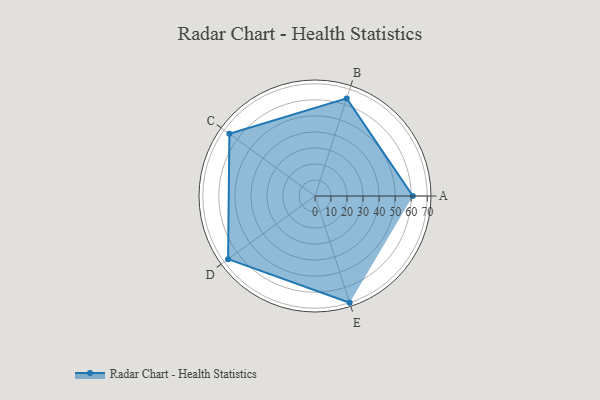
{"axis": {"x": "Skill", "y": "Score"}, "legend": ["Profile"], "data": [{"x": "A", "y": 61.0, "type": "Profile"}, {"x": "B", "y": 64.0, "type": "Profile"}, {"x": "C", "y": 66.0, "type": "Profile"}, {"x": "D", "y": 67.0, "type": "Profile"}, {"x": "E", "y": 70.0, "type": "Profile"}]}